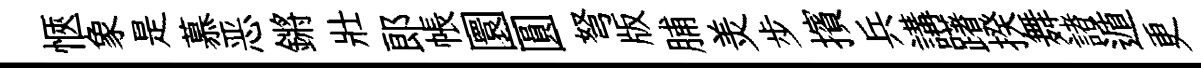
愜象是慕恶鏘壯郎帳圜圓弩版脯羙步擯兵講躇揆舞諸遁更